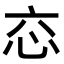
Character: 𢗻